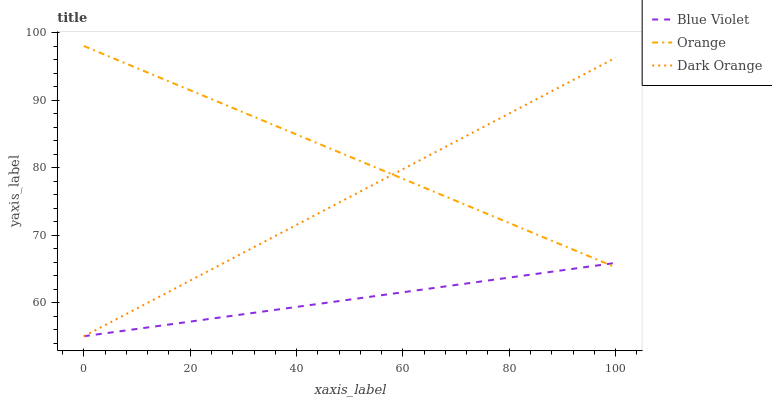
| xaxis_label | Blue Violet | Orange | Dark Orange |
 | --- | --- | --- | --- |
 | 0 | 55 | 98 | 55 |
 | 5.88 | 55.6 | 96.1 | 57.4 |
 | 11.8 | 56.3 | 94.1 | 59.9 |
 | 17.6 | 56.9 | 92.2 | 62.3 |
 | 23.5 | 57.6 | 90.3 | 64.7 |
 | 29.4 | 58.2 | 88.4 | 67.1 |
 | 35.3 | 58.8 | 86.4 | 69.6 |
 | 41.2 | 59.5 | 84.5 | 72 |
 | 47.1 | 60.1 | 82.6 | 74.4 |
 | 52.9 | 60.8 | 80.6 | 76.8 |
 | 58.8 | 61.4 | 78.7 | 79.3 |
 | 64.7 | 62 | 76.8 | 81.7 |
 | 70.6 | 62.7 | 74.9 | 84.1 |
 | 76.5 | 63.3 | 72.9 | 86.5 |
 | 82.4 | 63.9 | 71 | 89 |
 | 88.2 | 64.6 | 69.1 | 91.4 |
 | 94.1 | 65.2 | 67.1 | 93.8 |
 | 100 | 65.9 | 65.2 | 96.3 |